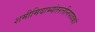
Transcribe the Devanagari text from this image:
शमीमिवाभ्यंतरलीनपावकां